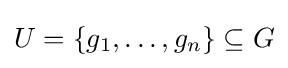
U=\{g_{1},\dots ,g_{n}\}\subseteq G